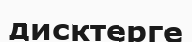
дисктерге